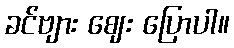
ခင်ဗျား ဈေး ပြောပါ။